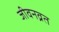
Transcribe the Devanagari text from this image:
जीवनव्रत